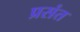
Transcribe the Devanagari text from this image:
प्रसंत